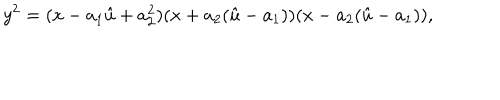
y ^ { 2 } = ( x - a _ { 1 } \hat { u } + a _ { 2 } ^ { 2 } ) ( x + a _ { 2 } ( \hat { u } - a _ { 1 } ) ) ( x - a _ { 2 } ( \hat { u } - a _ { 1 } ) ) ,